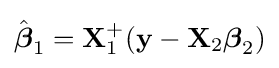
{\hat {\boldsymbol {\beta }}}_{1}=\mathbf {X} _{1}^{+}(\mathbf {y} -\mathbf {X} _{2}{\boldsymbol {\beta }}_{2})